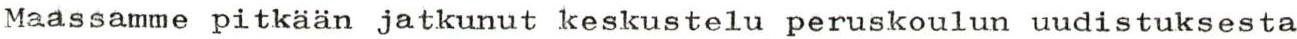
Maassamme pitkään jatkunut keskustelu peruskoulun uudistuksesta